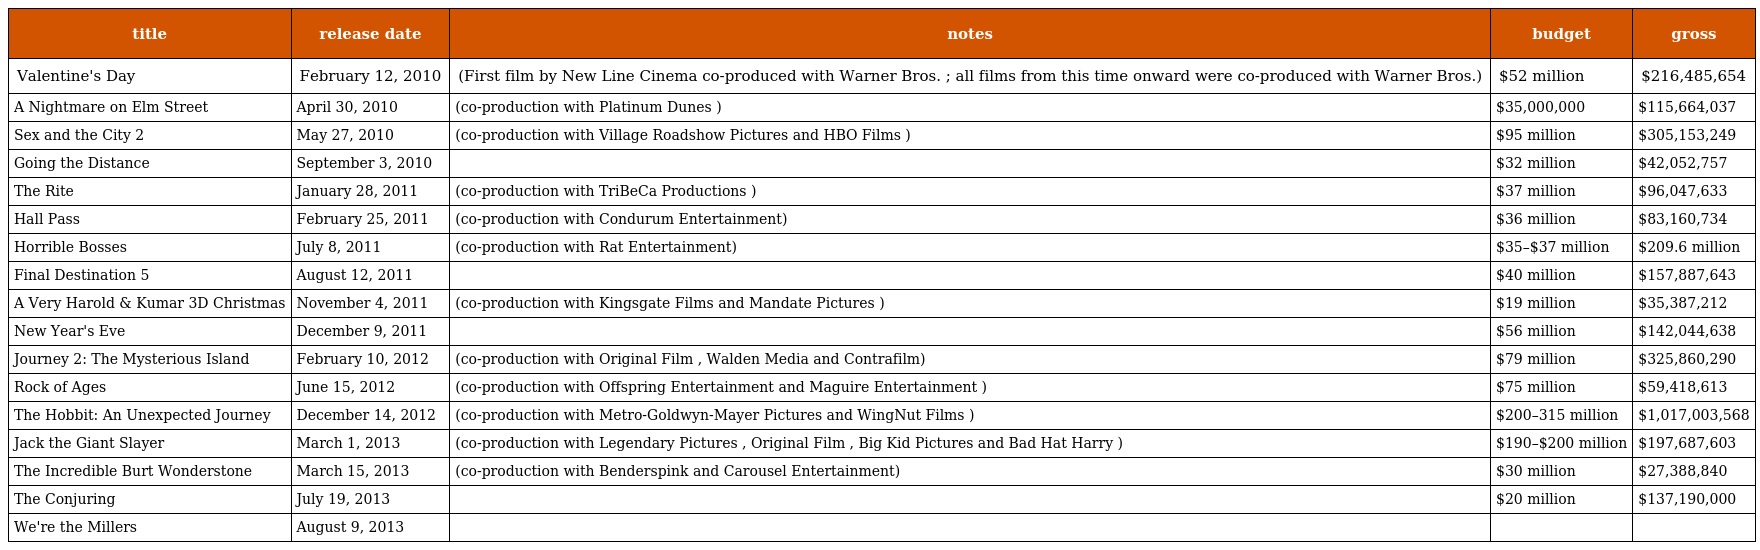
| title | release date | notes | budget | gross |
 | --- | --- | --- | --- | --- |
 | Valentine's Day | February 12, 2010 | (First film by New Line Cinema co-produced with Warner Bros. ; all films from this time onward were co-produced with Warner Bros.) | $52 million | $216,485,654 |
 | A Nightmare on Elm Street | April 30, 2010 | (co-production with Platinum Dunes ) | $35,000,000 | $115,664,037 |
 | Sex and the City 2 | May 27, 2010 | (co-production with Village Roadshow Pictures and HBO Films ) | $95 million | $305,153,249 |
 | Going the Distance | September 3, 2010 |  | $32 million | $42,052,757 |
 | The Rite | January 28, 2011 | (co-production with TriBeCa Productions ) | $37 million | $96,047,633 |
 | Hall Pass | February 25, 2011 | (co-production with Condurum Entertainment) | $36 million | $83,160,734 |
 | Horrible Bosses | July 8, 2011 | (co-production with Rat Entertainment) | $35–$37 million | $209.6 million |
 | Final Destination 5 | August 12, 2011 |  | $40 million | $157,887,643 |
 | A Very Harold & Kumar 3D Christmas | November 4, 2011 | (co-production with Kingsgate Films and Mandate Pictures ) | $19 million | $35,387,212 |
 | New Year's Eve | December 9, 2011 |  | $56 million | $142,044,638 |
 | Journey 2: The Mysterious Island | February 10, 2012 | (co-production with Original Film , Walden Media and Contrafilm) | $79 million | $325,860,290 |
 | Rock of Ages | June 15, 2012 | (co-production with Offspring Entertainment and Maguire Entertainment ) | $75 million | $59,418,613 |
 | The Hobbit: An Unexpected Journey | December 14, 2012 | (co-production with Metro-Goldwyn-Mayer Pictures and WingNut Films ) | $200–315 million | $1,017,003,568 |
 | Jack the Giant Slayer | March 1, 2013 | (co-production with Legendary Pictures , Original Film , Big Kid Pictures and Bad Hat Harry ) | $190–$200 million | $197,687,603 |
 | The Incredible Burt Wonderstone | March 15, 2013 | (co-production with Benderspink and Carousel Entertainment) | $30 million | $27,388,840 |
 | The Conjuring | July 19, 2013 |  | $20 million | $137,190,000 |
 | We're the Millers | August 9, 2013 |  |  |  |